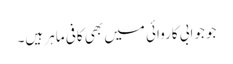
جو جوابی کاروائی میں بھی کافی ماہر ہیں۔